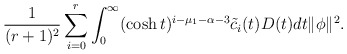
\begin{align*}\frac{1}{(r+1)^2}\sum^r_{i=0}\int^\infty_{0}(\cosh t)^{i-\mu_1-\alpha-3}\tilde{c}_i(t)D(t)dt \|\phi\|^2.\end{align*}